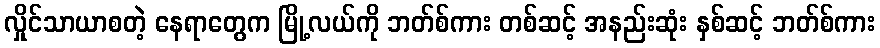
လှိုင်သာယာစတဲ့ နေရာတွေက မြို့လယ်ကို ဘတ်စ်ကား တစ်ဆင့် အနည်းဆုံး နှစ်ဆင့် ဘတ်စ်ကား